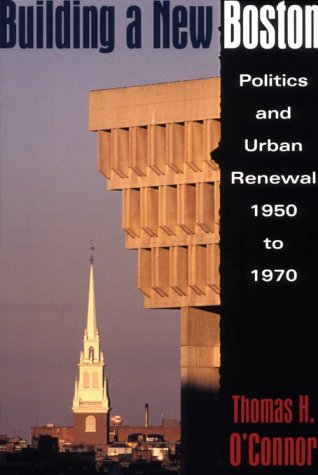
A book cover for Building A New Boston: Politics and Urban Renewal, 1950-1970; Thomas H. O'Connor; Travel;